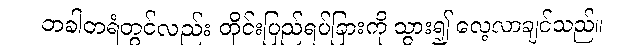
တခါတရံတွင်လည်း တိုင်းပြည်ရပ်ခြားကို သွား၍ လေ့လာချင်သည်။